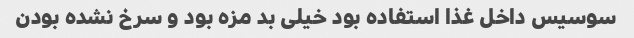
سوسیس داخل غذا استفاده بود خیلی بد مزه بود و سرخ نشده بودن